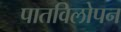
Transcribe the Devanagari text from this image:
पातविलोपन